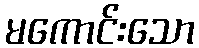
မကောင်းသော